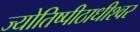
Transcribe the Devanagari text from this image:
ज्योतिष्पीठाधीश्वर